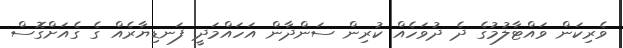
ވެރިކަން ވައްޓާލުމުގެ ދެ ދުވަހެއް ކުރިން ސަންދާން އަހައްމަދީ ފަނޑިޔާރެއް ގެ ގެއަށްގޮސް